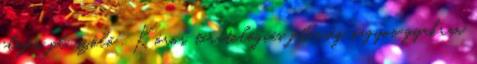
elején pl. szőlő . Kóros, teratológiás jelenség nagyon gyakran